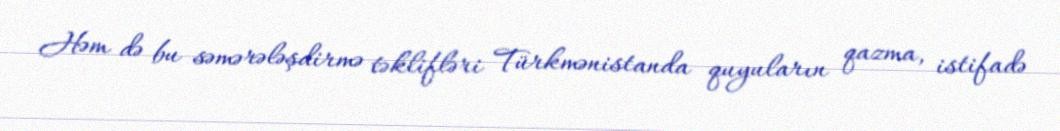
Həm də bu səmərələşdirmə təklifləri Türkmənistanda quyuların qazma, istifadə